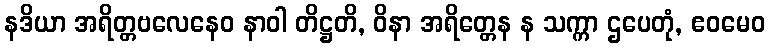
နဒိယာ အရိတ္တဗလေနေဝ နာဝါ တိဋ္ဌတိ, ဝိနာ အရိတ္တေန န သက္ကာ ဌပေတုံ, ဧဝမေဝ